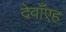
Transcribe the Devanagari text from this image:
देवाँएह